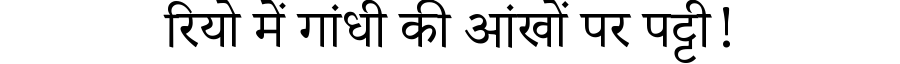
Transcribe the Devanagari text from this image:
रियो में गांधी की आंखों पर पट्टी!